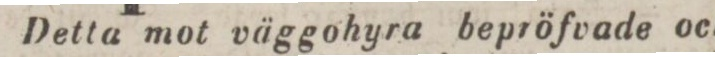
Detta mot väggohyra bepröfvade och